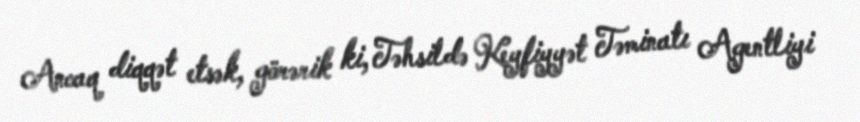
Ancaq diqqət etsək, görərik ki, Təhsildə Keyfiyyət Təminatı Agentliyi